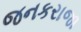
જનકરાજા